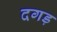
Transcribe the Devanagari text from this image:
दगड़